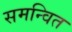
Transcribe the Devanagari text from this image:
समन्‍वित